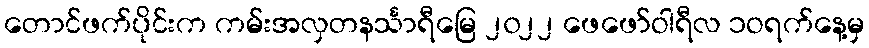
တောင်ဖက်ပိုင်းက ကမ်းအလှတနင်္သာရီမြေ ၂၀၂၂ ဖေဖော်ဝါရီလ ၁ဝရက်နေ့မှ